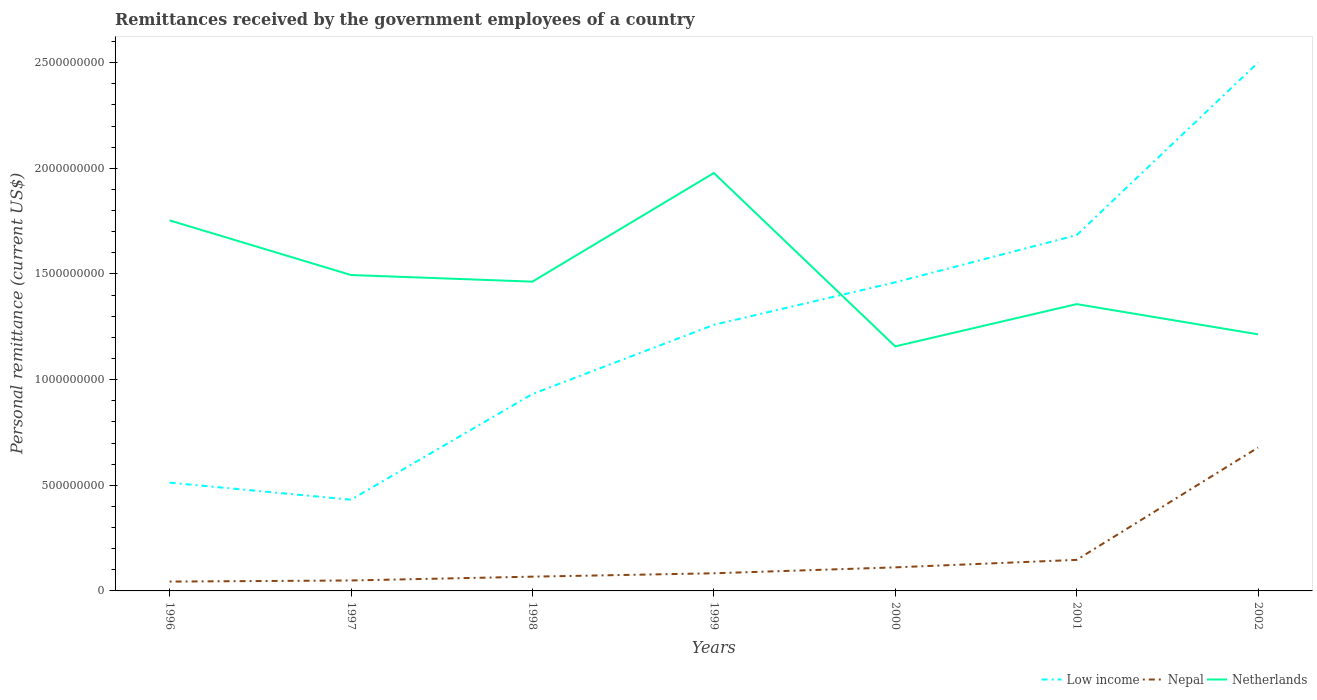
| Years | Low income | Nepal | Netherlands |
 | --- | --- | --- | --- |
 | 1996 | 5.12e+08 | 4.42e+07 | 1.75e+09 |
 | 1997 | 4.32e+08 | 4.95e+07 | 1.5e+09 |
 | 1998 | 9.32e+08 | 6.75e+07 | 1.46e+09 |
 | 1999 | 1.26e+09 | 8.35e+07 | 1.98e+09 |
 | 2000 | 1.46e+09 | 1.11e+08 | 1.16e+09 |
 | 2001 | 1.68e+09 | 1.47e+08 | 1.36e+09 |
 | 2002 | 2.5e+09 | 6.78e+08 | 1.21e+09 |